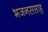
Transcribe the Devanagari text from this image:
भजनसप्ताह